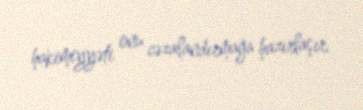
hakimiyyəti onu cəzalandırmağa hazırlaşır.